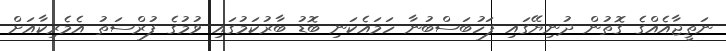
ނަތީޖާއެއްގެ ގޮތުން ދުނިޔޭގައި ފަހުބަސްބުނާ ހަމައެކަނި ބޮޑު ބާރުކަމުގައި ވުމުގެ ފުރްސަތު އެމެރިކާއަށް